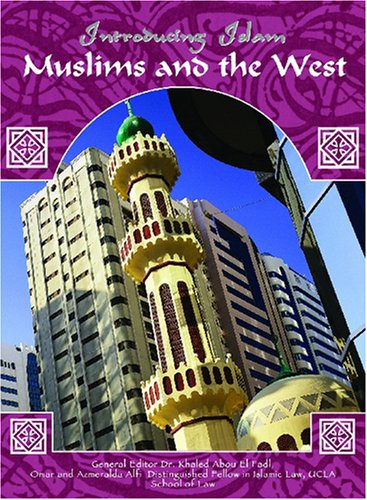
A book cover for Muslims and the West (Introducing Islam); Evelyn Sears; Teen & Young Adult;